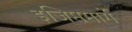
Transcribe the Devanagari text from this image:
इजिप्तमार्गे